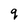
Character: q